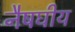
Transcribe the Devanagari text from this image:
नैषघीय